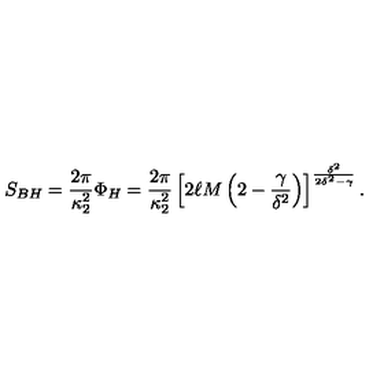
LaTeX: S _ { B H } = { \frac { 2 \pi } { \kappa _ { 2 } ^ { 2 } } } \Phi _ { H } = { \frac { 2 \pi } { \kappa _ { 2 } ^ { 2 } } } \left[ 2 \ell M \left( 2 - { \frac { \gamma } { \delta ^ { 2 } } } \right) \right] ^ { \frac { \delta ^ { 2 } } { 2 \delta ^ { 2 } - \gamma } } .